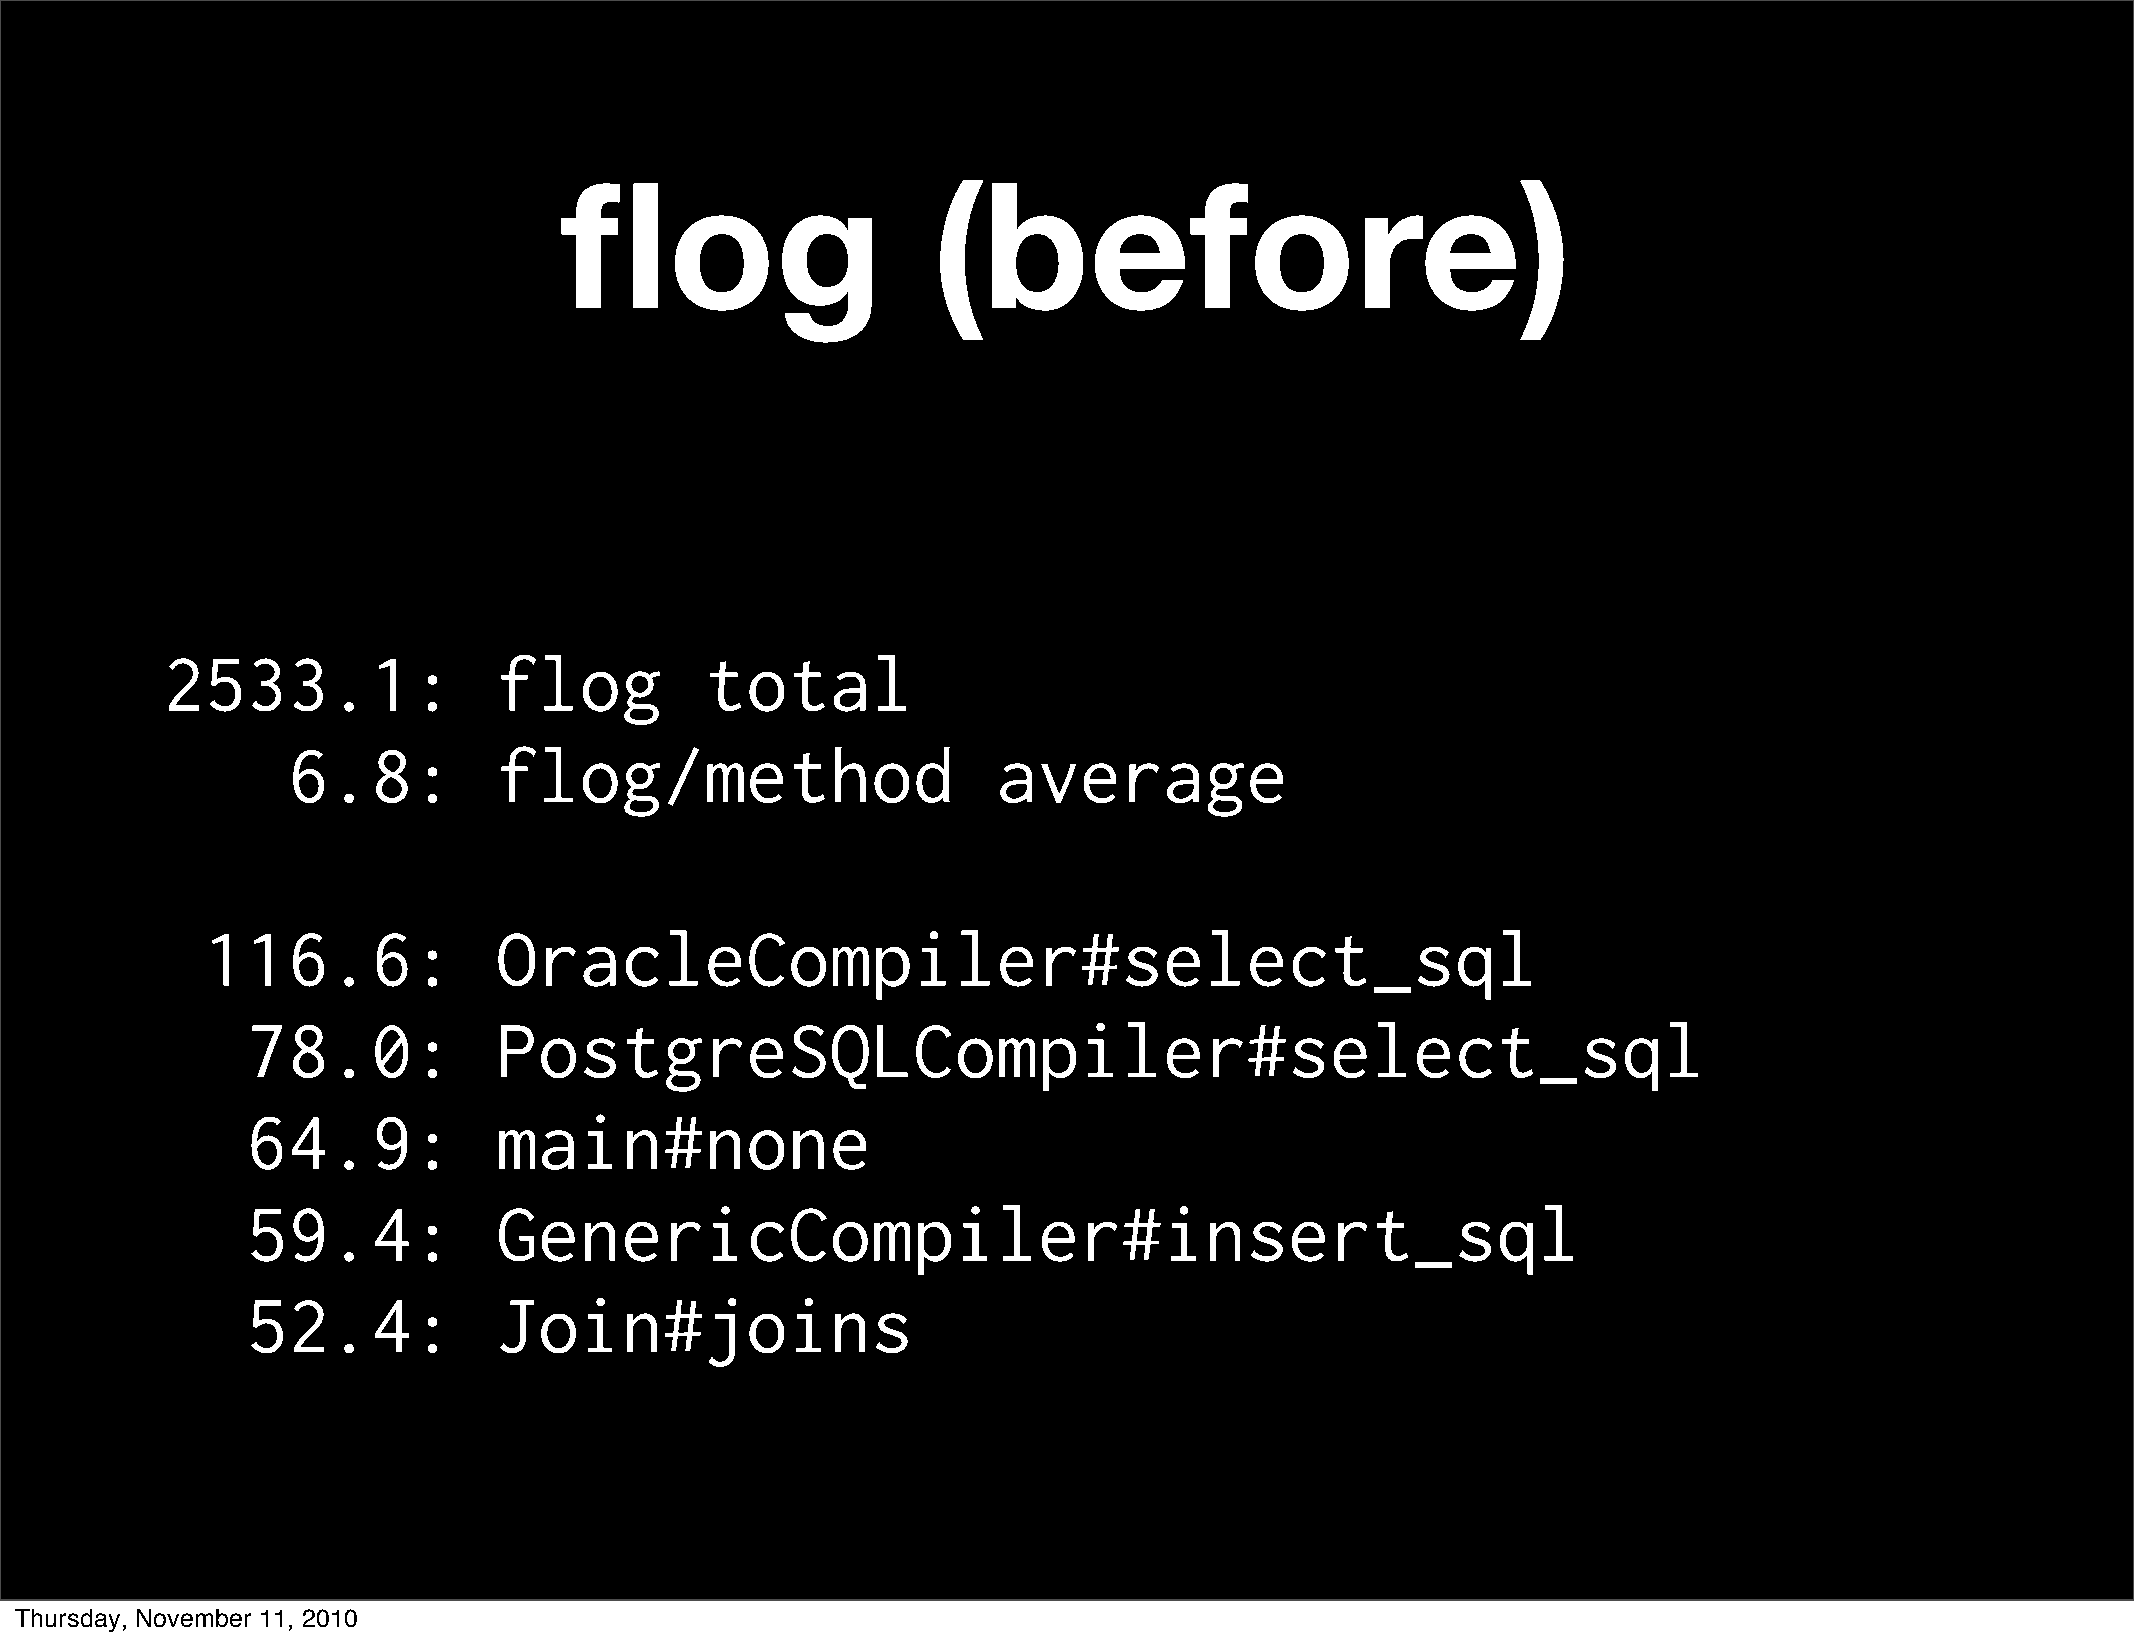
flog                     (before)
 2533.1:               flog          total
 6.8:          flog/method                      average
 116.6:             OracleCompiler#select_sql
 78.0:            PostgreSQLCompiler#select_sql
 64.9:            main#none
 59.4:            GenericCompiler#insert_sql
 52.4:            Join#joins
 Thursday, November 11, 2010